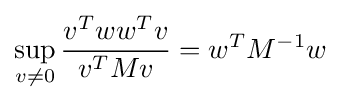
\sup _{v\neq 0}{\frac {v^{T}ww^{T}v}{v^{T}Mv}}=w^{T}M^{-1}w